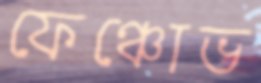
ফেঞ্চোভ